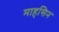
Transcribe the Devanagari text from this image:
माहसिन